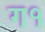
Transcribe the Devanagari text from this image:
ग१